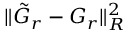
\| \tilde { G } _ { r } - G _ { r } \| _ { R } ^ { 2 }